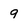
Character: 9